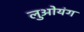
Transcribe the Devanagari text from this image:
लुओयंग